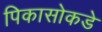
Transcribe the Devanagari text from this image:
पिकासोकडे